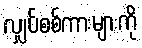
လျှပ်စစ်ကားများကို